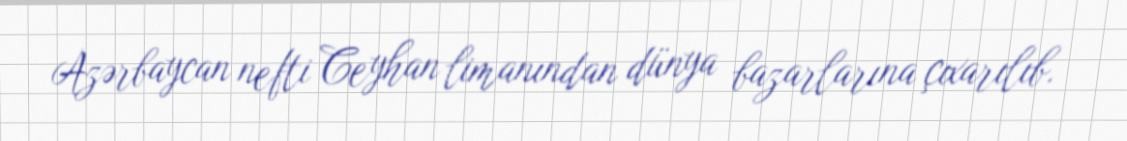
Azərbaycan nefti Ceyhan limanından dünya bazarlarına çıxarılıb.